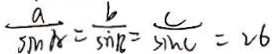
\frac { a } { \sin A } = \frac { b } { \sin B } = \frac { c } { \sin C } = 2 6